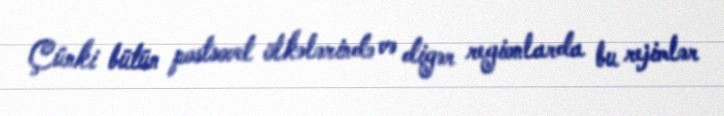
Çünki bütün postsovet ölkələrində və digər regionlarda bu rejimlər